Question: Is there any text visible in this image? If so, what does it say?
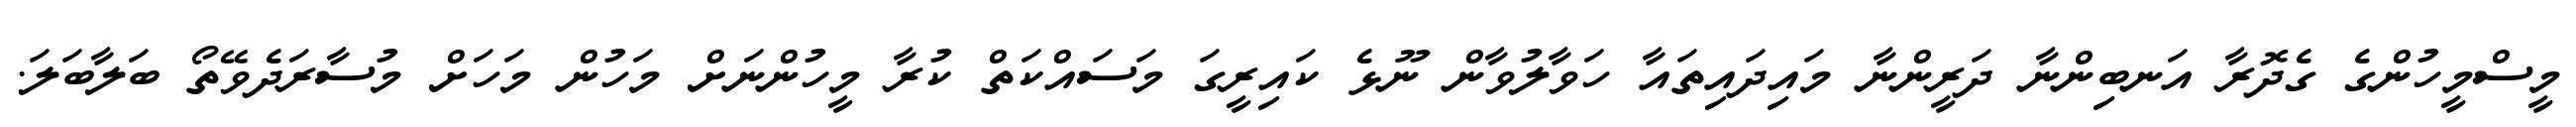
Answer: މީސްމީހުންގެ ގެދޮރާ އަނބިންނާ ދަރީންނާ މައިދައިތައާ ހަވާލުވާން ނޫޅެ ކައިރީގަ މަސައްކަތް ކުރާ މީހުންނަށް މަހުން މަހަށް މުސާރަދެވޭތޯ ބަލާބަލަ.